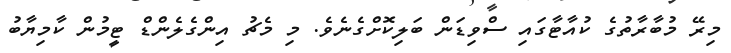
މިރޭ މުބާރާތުގެ ކުއާޓާގައި ސްވިޑަން ބަލިކޮށްގެނެވެ. މި މެޗު އިންގެލެންޑް ޓީމުން ކާމިޔާބު